Vaccine operations Central Provinces 1900-1911 - 1900-1911
Year: 1900
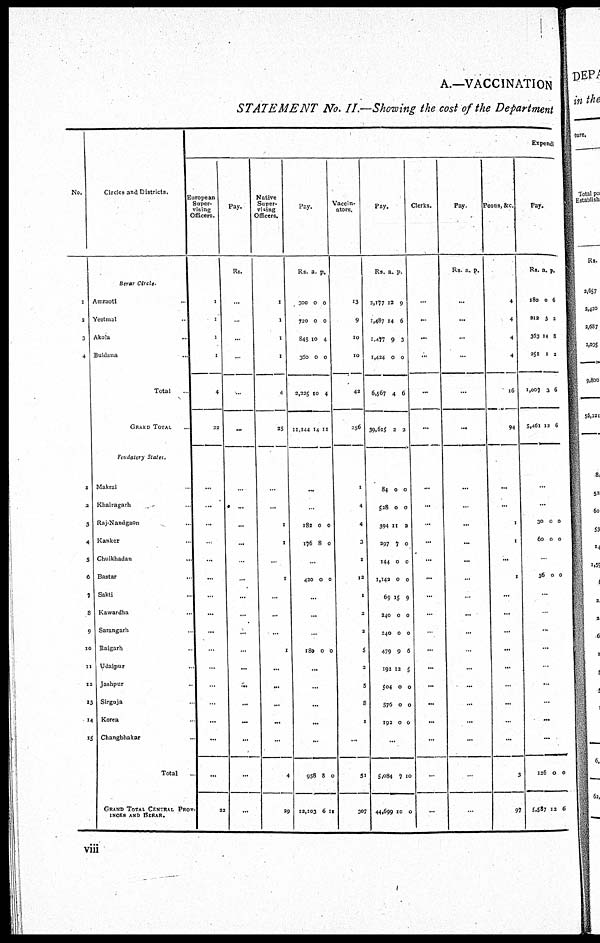
A.—VACCINATION
STATEMENT
No. II.—Showing the cost of the Department
No.
1
2
3
4
1
2
3
4
5
6
7
8
9
10
11
12
13
14
15
Circles and Districts.
Berar Circle
Amraoti ...
Yeotmal ...
Akola ...
Buldana ...
Total
GRAND TOTAL ...
Feudatory States.
Makrai ...
Khairagarh ...
Raj-Nandgaon ...
Kanker ...
Chuikhadan ...
Bastar ...
Sakti ...
Kawardha ...
Sarangarh ...
Raigarh ...
Udaipur ...
Jashpur ...
Sirguja ...
Korea ...
Changbhakar ...
Total ...
GRAND TOTAL CENTRAL PROV-
INCES AND BERAR.
Expendi
European
Super-
vising
Officers.
1
1
1
1
4
22
...
...
...
...
...
...
...
...
...
...
...
...
...
...
...
...
22
Pay.
Rs.
...
...
...
...
...
...
...
...
...
...
...
...
...
...
...
...
...
...
...
...
...
...
...
Native
Super-
vising
Officers.
1
1
1
1
4
25
...
...
1
1
...
1
...
...
...
1
...
...
...
...
...
4
29
Pay.
Rs. a. p.
300
720
845
360
3,325
11,144
0
0
10
0
10
14
0
0
4
0
4
11
...
...
182
176
0
8
0
0
...
420 0 0
...
...
...
180 0 0
...
...
...
...
...
958
12,103
8
6
0
11
Vaccin-
ators.
13
9
10
10
42
356
1
4
4
3
1
12
1
2
2
5
2
5
8
1
...
51
307
Pay.
Rs. a. p.
2,177
1,487
1,477
1,424
6,567
39,615
12
14
9
0
4
2
9
6
3
0
6
2
84
528
394
297
144
1,142
69
240
240
479
192
504
576
192
0
0
11
7
0
0
15
0
0
9
12
0
0
0
0
0
2
0
0
0
9
0
0
6
5
0
0
0
...
5,084
44,699
7
10
10
0
Clerks.
...
...
...
...
...
...
...
...
...
...
...
...
...
...
...
...
...
...
...
...
...
...
...
Pay.
Rs a. p.
...
...
...
...
...
...
...
...
...
...
...
...
...
...
...
...
...
...
...
...
...
...
...
Peons, &c.
4
4
4
4
16
94
...
...
1
1
...
1
...
...
...
...
...
...
...
...
...
3
97
Pay.
Rs. a. p.
180
212
363
251
1,007
5,461
0
3
14
1
3
12
6
2
8
2
6
6
...
...
30
60
0
0
0
0
...
36 0 0
...
...
...
...
...
...
...
...
...
126
5,587
0
12
0
6
viii